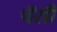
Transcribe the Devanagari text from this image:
चॅसी